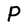
Character: P